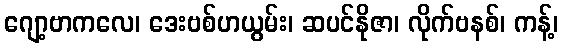
ဂျော့ဗာကလေ၊ ဒေးဗစ်ဟယွမ်း၊ ဆပင်နိုဇာ၊ လိုက်ဗနစ်၊ ကန့်၊